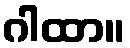
ဂါထာ။